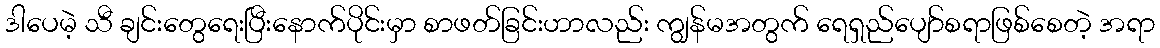
ဒါပေမဲ့ သီ ချင်းတွေရေးပြီးနောက်ပိုင်းမှာ စာဖတ်ခြင်းဟာလည်း ကျွန်မအတွက် ရေရှည်ပျော်စရာဖြစ်စေတဲ့ အရာ